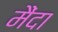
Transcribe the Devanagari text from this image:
मैंदा